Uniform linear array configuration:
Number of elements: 12
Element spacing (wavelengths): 0.25
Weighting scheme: exponential
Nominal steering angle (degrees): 30
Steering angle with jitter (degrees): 29.395
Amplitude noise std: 0.05
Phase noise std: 0.05

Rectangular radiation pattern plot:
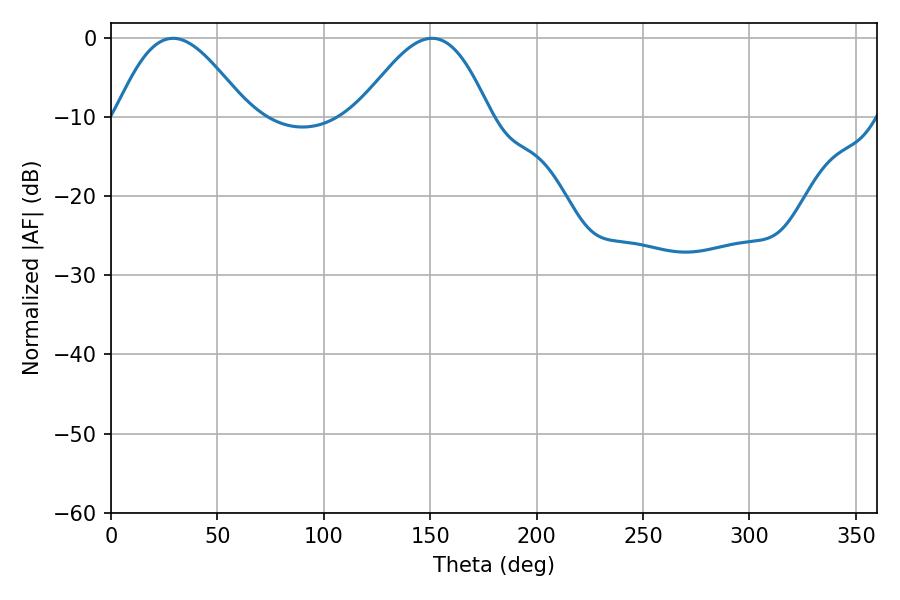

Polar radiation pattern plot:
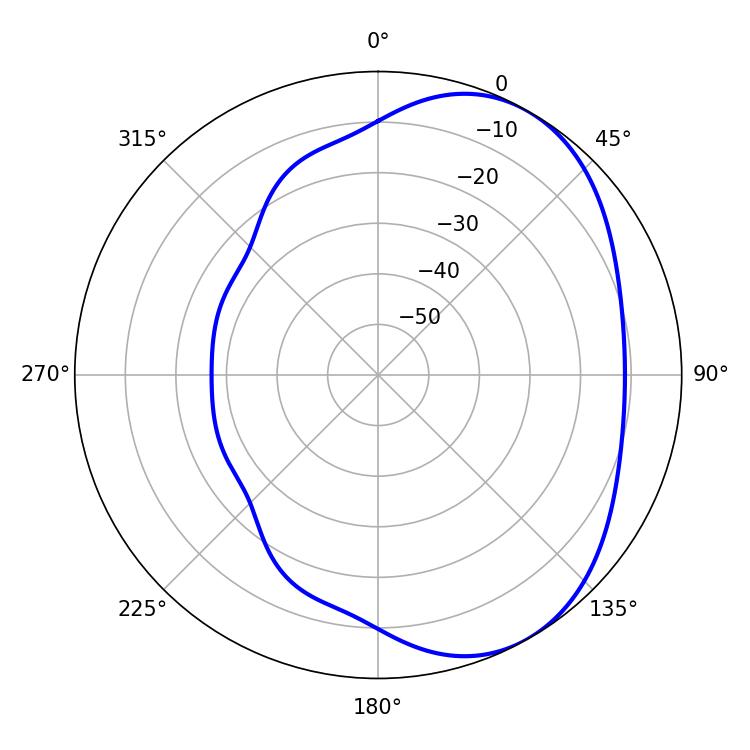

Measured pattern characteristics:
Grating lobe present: FALSE
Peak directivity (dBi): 4.562
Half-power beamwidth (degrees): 33.3
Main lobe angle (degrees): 29.16